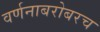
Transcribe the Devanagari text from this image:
वर्णनाबरोबरच